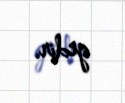
gedir.